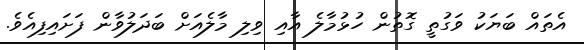
އެތައް ބަޔަކު ވަގުތީ ގޮތުން ހުޅުމާލެ އާއި ވިލި މާލެއަށް ބަދަލުވާން ފަށައިފިއެވެ.